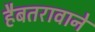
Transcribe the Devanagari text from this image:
हैबतरावाने